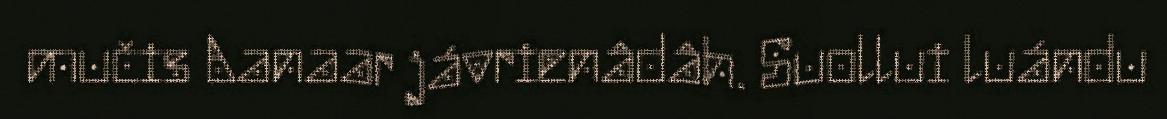
mučis Aanaar jávrienâdâh. Suollui luándu